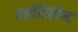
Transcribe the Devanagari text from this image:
फ्लोरिसेण्ट